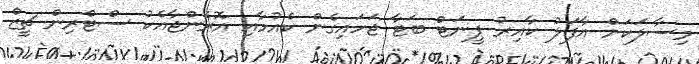
މިސާލަކަށް އާފަލު ކާއިރު ޕީނަޓް ބަޓާ ޖަހައިގެން ކެއުމާއި އޮރެންޖާއެކު ސްޓްރިން ޗީޒް